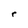
Character: r